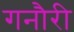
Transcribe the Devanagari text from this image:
गनौरी